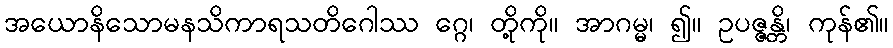
အယောနိသောမနသိကာရသတိဂေါဿ ဂ္ဂေ၊ တို့ကို။ အာဂမ္မ၊ ၍။ ဥပဇ္ဇန္တိ၊ ကုန်၏။